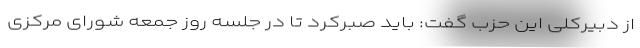
از دبیرکلی این حزب گفت: باید صبرکرد تا در جلسه روز جمعه شورای مرکزی